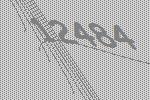
12484